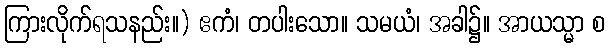
ကြားလိုက်ရသနည်း။) ဧကံ၊ တပါးသော။ သမယံ၊ အခါ၌။ အာယသ္မာ စ